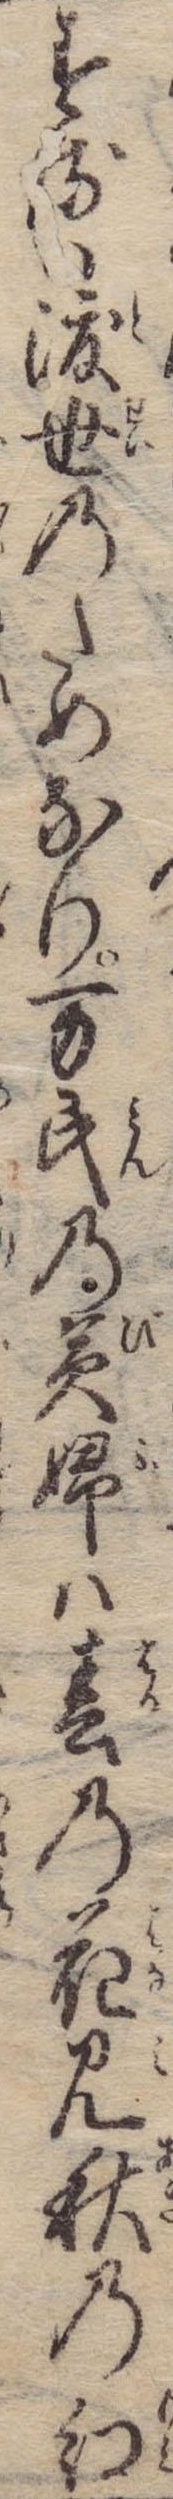
するは渡世のためなり万民の美婦は春の花見秋の紅